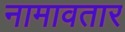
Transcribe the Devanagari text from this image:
नामावतार